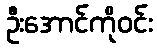
ဦးအောင်ကိုဝင်း